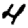
Digit: 4